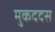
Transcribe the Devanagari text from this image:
मुकददस